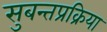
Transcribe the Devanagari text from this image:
सुबन्तप्रक्रिया